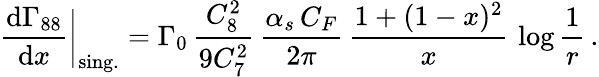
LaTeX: {\frac{\mathrm{d}\Gamma_{88}}{\mathrm{d}x}}\bigg|_{\mathrm{sing.}}=\Gamma_{0}\, {\frac{C_{8}^{2}}{9C_{7}^{2}}}\, {\frac{\alpha_{s}\, C_{F}}{2\pi}}\, {\frac{1+(1-x)^{2}}{x}}\, \log{\frac{1}{r}}\, .